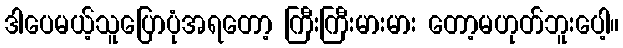
ဒါပေမယ့်သူပြောပုံအရတော့ ကြီးကြီးမားမား တော့မဟုတ်ဘူးပေါ့။